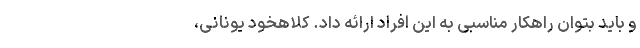
و باید بتوان راهکار مناسبی به این افراد ارائه داد. کلاهخود یونانی،